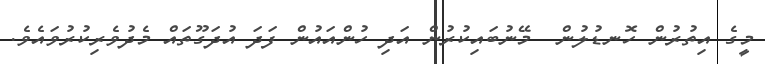
މީގެ އިތުރުން ހޮނޑުލުން  މޭނުބައިކުރުން އަދި ހުންއައުން ފަދަ އުދަގޫތައް މެދުވެރިކުރުވައެވެ.